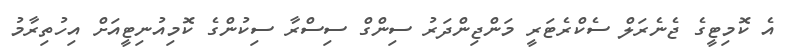
އެ ކޮމިޓީގެ ޖެނެރަލް ސެކްރެޓަރީ މަންޖިންދަރު ސިންގް ސިސްރާ ސިކުންގެ ކޮމިއުނިޓީއަށް އިހުތިރާމު